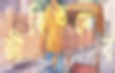
জীবিতদের